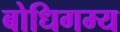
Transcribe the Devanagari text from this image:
बोधिगम्य